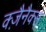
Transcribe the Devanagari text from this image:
क्ज़ैनैक्स